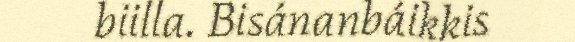
biilla. Bisánanbáikkis